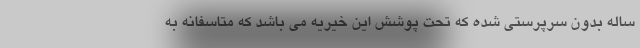
ساله بدون سرپرستی شده که تحت پوشش این خیریه می باشد که متاسفانه به